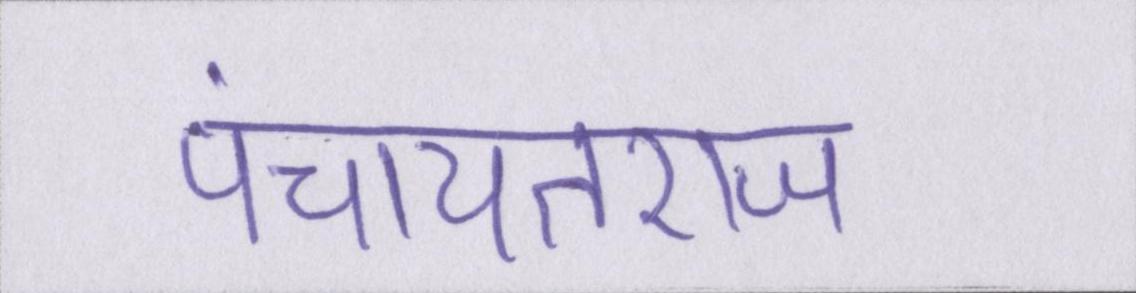
पंचायतराज